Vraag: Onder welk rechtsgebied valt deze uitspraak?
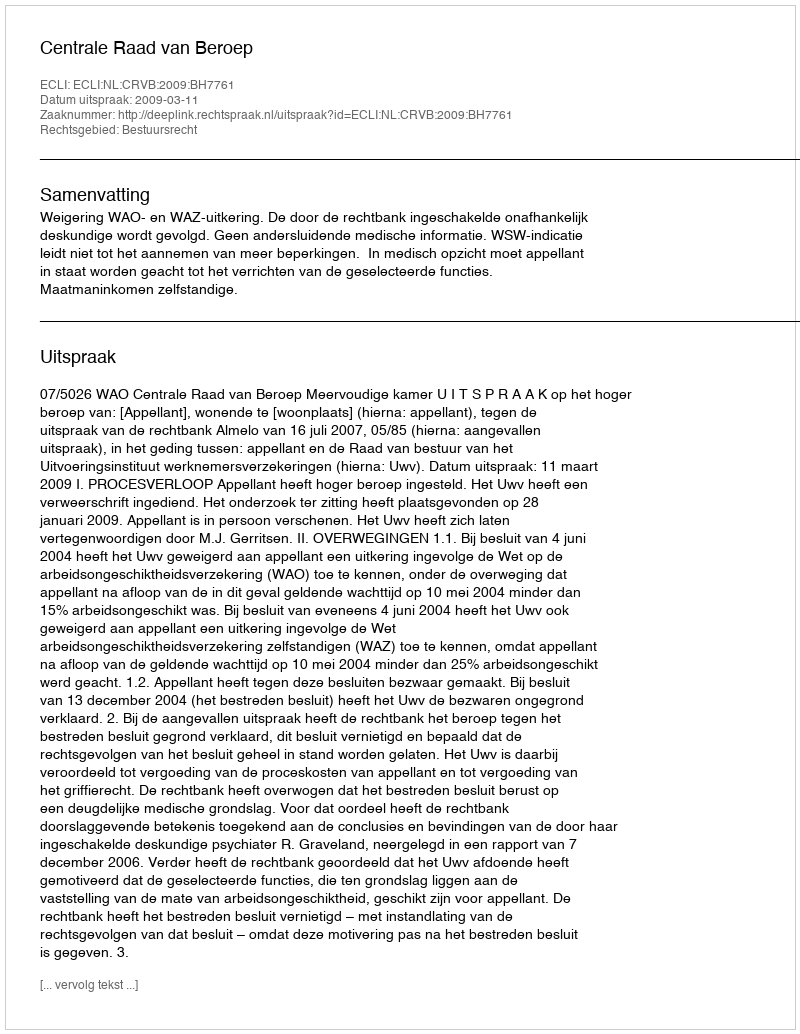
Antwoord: Bestuursrecht